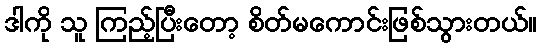
ဒါကို သူ ကြည့်ပြီးတော့ စိတ်မကောင်းဖြစ်သွားတယ်။